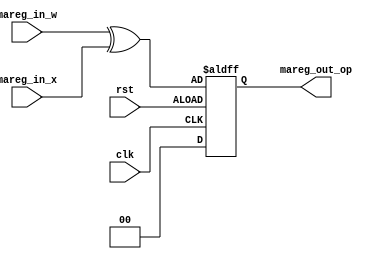
// *********************************************************************************
// Project Name : CSEE 4823 Project: Neural Network Accelerator
// *********************************************************************************
// Modification History:
// Date         By              Version                 Change Description
// -----------------------------------------------------------------------
// 11/26/2018 Shixin Qin      1.0                     Basic function design
// 12/10/2018 Shixin Qin      1.1                       Tested, f=xor(x,w)in the next cycle.
// *********************************************************************************

module mareg (clk, rst, //mareg_in, (mem_data), 
                    mareg_in_x, mareg_in_w,
					//reg_out_a,
					mareg_out_op);
    
	//intput 1bit x and 1bit w.
    parameter mareg_input_width = 4;
    input               			clk, rst;
    input wire [mareg_input_width/2-1:0]  	mareg_in_x, mareg_in_w ;
    output reg [mareg_input_width/2-1:0]    mareg_out_op ;
    //wire							mareg_in_x, mareg_in_w;
    //reg 							mareg_x, mareg_w;

    //assign mareg_in_x = mareg_in_x[mareg_input_width/2-1:0];
	//assign mareg_in_w = mareg_in_w[mareg_input_width/2-1:0];

    always @(posedge clk or posedge rst)
    begin
        if (rst == 0) 
            begin
                mareg_out_op <= 0;
            end 
        else 
            begin
                //mareg_x <= mareg_in_x;
    	        //mareg_w <= mareg_in_w;
    	        mareg_out_op <= mareg_in_w ^ mareg_in_x;
            end
    end

    //intput 2bit x or 2bit w.
 //    parameter input_width = 2;	
 //    input               			clk;
 //    input wire [input_width-1:0]  	mareg_in ;
 //    output reg             			mareg_out_op ;
 //    wire							mareg_in_x, mareg_in_w;
 //    reg 							mareg_x, mareg_w;

 //    assign mareg_in_x = mareg_in[input_width-1:input_width/2];
	// assign mareg_in_w = mareg_in[input_width/2-1:0];

 //    always @(posedge clk)
 //    begin
 //    	mareg_x <= mareg_in_x;
 //    	mareg_w <= mareg_in_w;
 //    	mareg_out_op <= mareg_w ^ mareg_x;
 //    end
endmodule